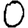
Digit: 0